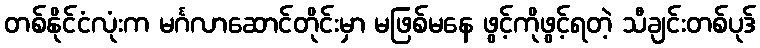
တစ်နိုင်ငံလုံးက မင်္ဂလာဆောင်တိုင်းမှာ မဖြစ်မနေ ဖွင့်ကိုဖွင့်ရတဲ့ သီချင်းတစ်ပုဒ်